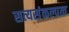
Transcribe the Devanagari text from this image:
सत्यसंकल्पत्व